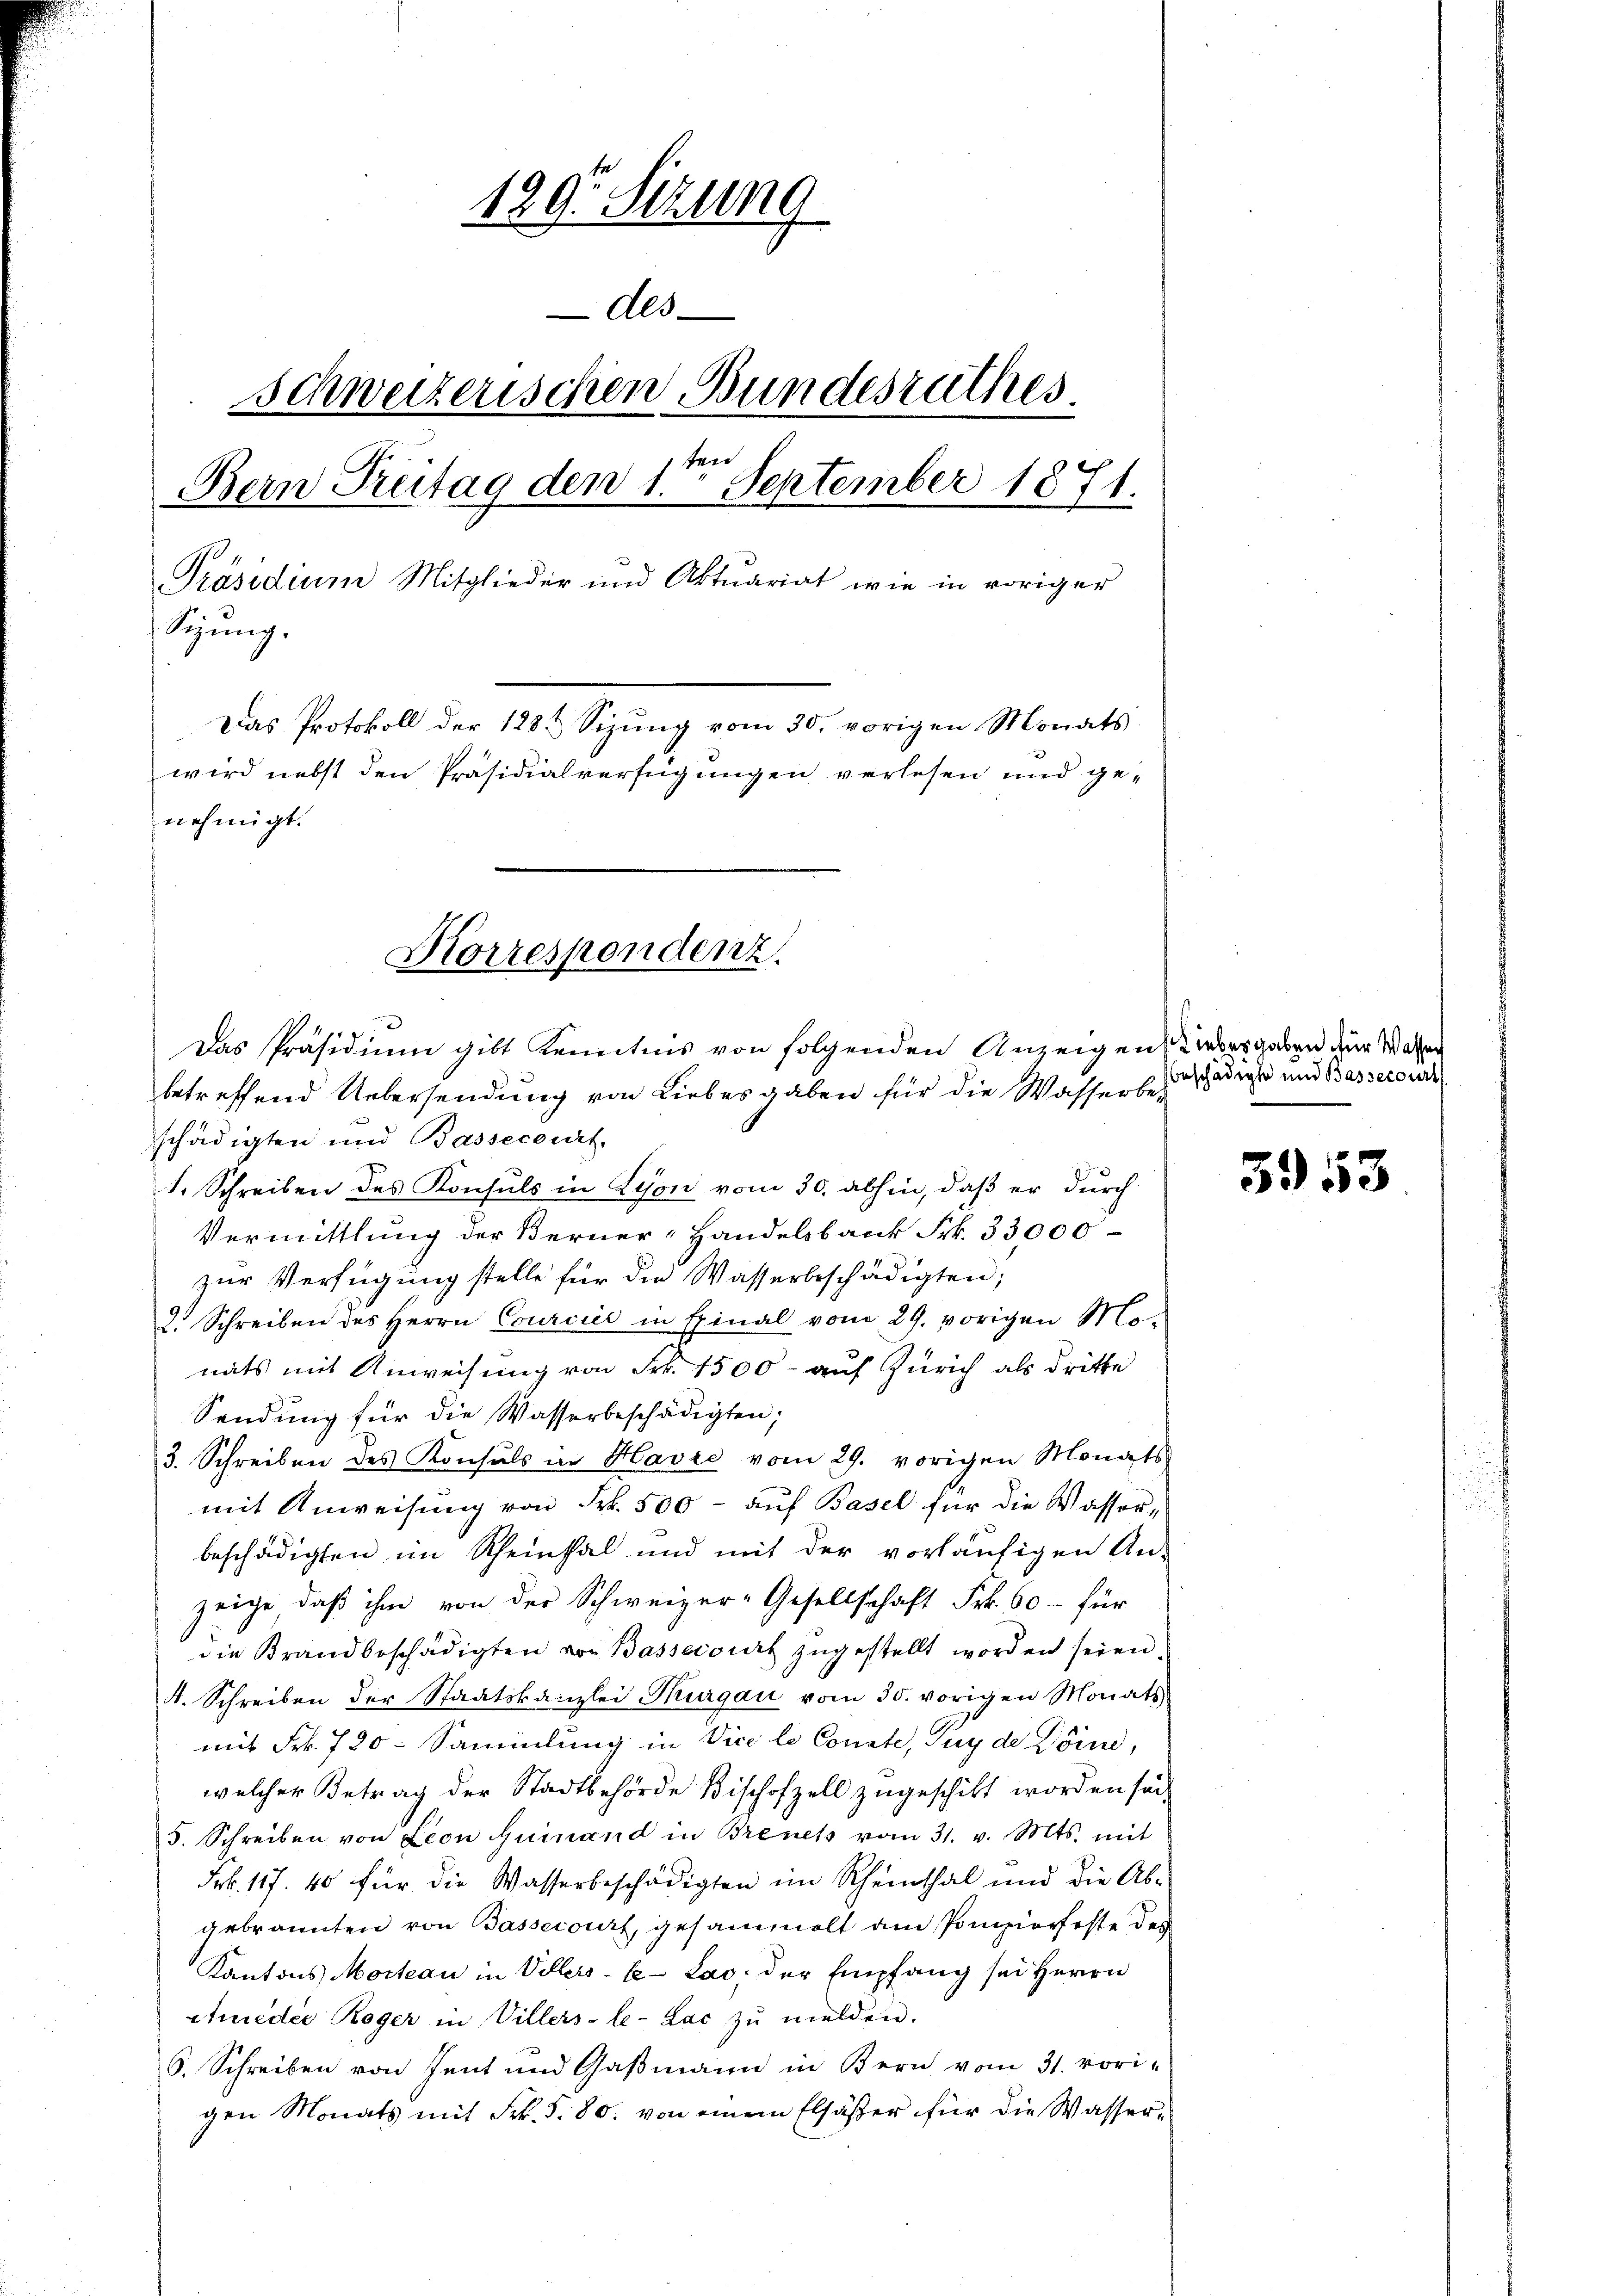
129. Sizung
Als
Schweizerischen Bundesrathes.
x
Bern Freitag den 1. September 1871.
Präsidium Mitglieder und Aktuariat wie in voriger
Sizung.
Das Protokoll der 128 Sizung vom 30. vorigen Monats
wird nebst den Präsidialverfügungen verlesen und genehmigt.

Horrespondenz.

2
Das Präsidium gibt Kenntnis von folgenden Anzeigen Liebergaben der Walten
betreffend Uebersendung von Liebesgaben für die Wasserbeschädigten und Bassecourt,
S. Schreiben des Konsuls in Lyon vom 30. abhin, daß er durch
Vermittlung der Berner-Handelsbank Frk. 33000-
zur Verfügung stelle für die Wasserbeschädigten;
2. Schreiben des Herrn Courcice in Einal vom 29. vorigen Mo-
nats mit Anweisung von Frk. 1500 auf Zürich als dritte
Sendung für die Wasserbeschädigten;
3. Schreiben des Konsuls in Havre vom 29. vorigen Monats
mit Anweisung von Frk. 500 - auf Basel für die Wasser,
beschädigten im Rheinthal und mit der vorläufigen An-
zeige, daß ihm von der Schweizer-Gesellschaft Frk. 60 - für
die Krandbeschädigten von Bassecourt zugestellt worden seien.
4. Schreiben der Staatskanzlei Thurgau vom 30. vorigen Monats
mit Frk. 720. Sammlung in Vice le Conste, Puy de Döine,
welcher Betrag der Stadtbehörde Bischofzell zugeschickt worden sei.
5. Schreiben von Leon Quinand in Brenets vom 31. v. Mts. mit
Frk. 117. 40 für die Wasserbeschädigten im Rheinthal und die Ab-
gebrannten von Bassecours, gesammelt am Pompierfeste des
Kantons Morteau in Veters-Ce-Lao, der Empfang sei Herrn
ctuédée Roger in Villers-le-Lac zŭ melden.
S. Schreiben von Jent und Gaßmann in Bern vom 31. vori-
gen Monats mit Frk. §. 80. von einem Elsässer für die Wasser¬

beschädigte und Bassecourt

5953